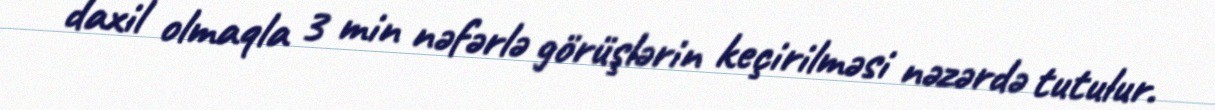
daxil olmaqla 3 min nəfərlə görüşlərin keçirilməsi nəzərdə tutulur.